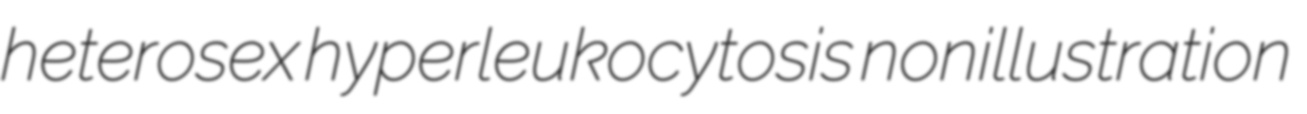
heterosex hyperleukocytosis nonillustration